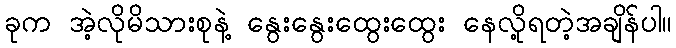
ခုက အဲ့လိုမိသားစုနဲ့ နွေးနွေးထွေးထွေး နေလို့ရတဲ့အချိန်ပါ။